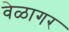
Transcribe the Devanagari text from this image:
वेळागर